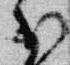
少